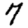
Digit: 7